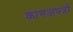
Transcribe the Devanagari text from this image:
कागजपत्रों